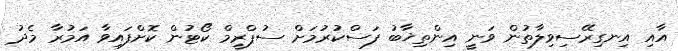
އާއި އިނގިރޭސިވިލާތުން ވަނީ އިންތިޚާބު ފަސްކުރުމަށް ސުޕްރީމް ކޯޓުން ކޮށްފައިވާ އަމުރާ މެދު